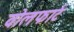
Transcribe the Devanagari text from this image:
वोलफार्ट